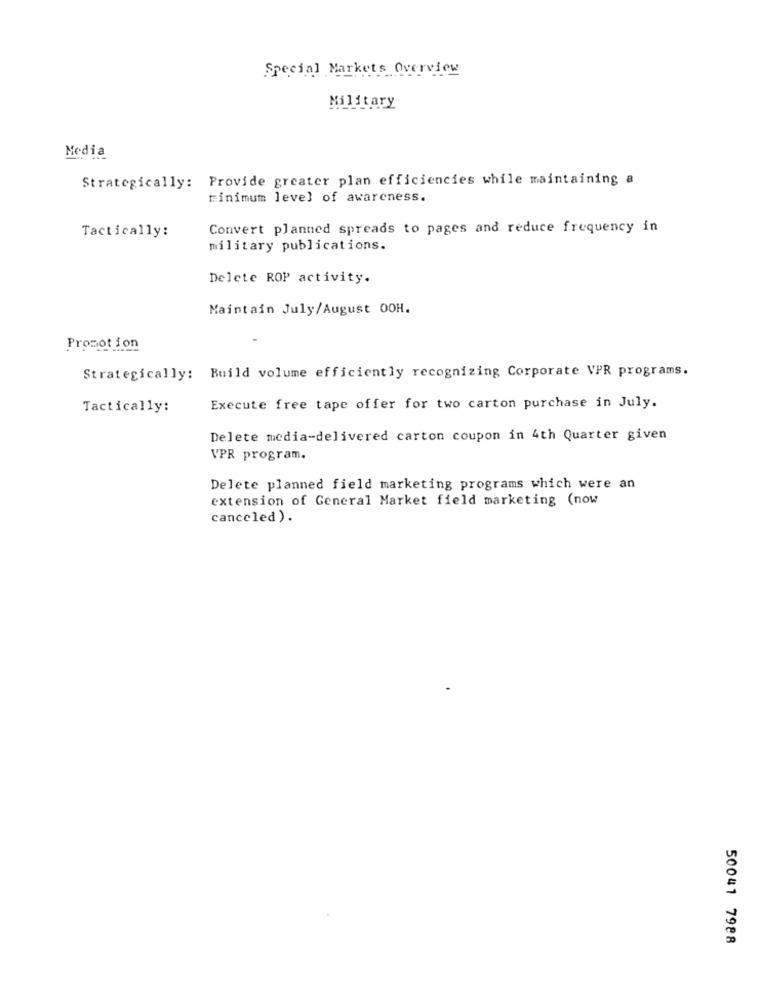
Special Markets Overview
Military
Media
Strategically: Provide greater plan efficiencies while maintaining a
minimum level of awareness.
Tactically:
Convert planned spreads to pages and reduce frequency in
military publications.
Delete ROP activity.
Maintain July/August OOH.
Promotion
------
Strategically: Build volume efficiently recognizing Corporate VPR programs.
Tactically:
Execute free tape offer for two carton purchase in July.
Delete media-delivered carton coupon in 4th Quarter given
VPR program.
Delete planned field marketing programs which were an
extension of General Market field marketing (now
canceled ).
50041 7988